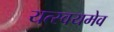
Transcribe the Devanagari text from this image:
यत्स्वयमेव